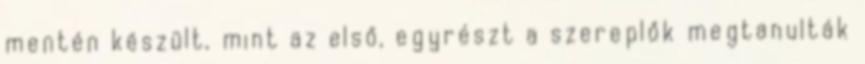
mentén készült, mint az első, egyrészt a szereplők megtanulták